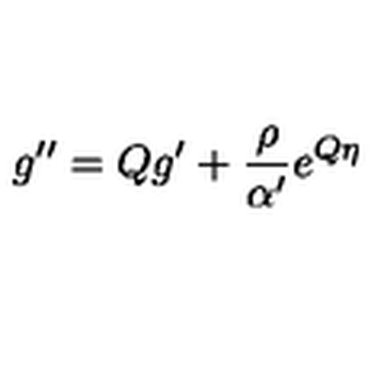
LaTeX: g ^ { \prime \prime } = Q g ^ { \prime } + \frac { \rho } { \alpha ^ { \prime } } e ^ { Q \eta }